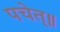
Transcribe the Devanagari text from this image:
पचेत्॥